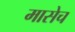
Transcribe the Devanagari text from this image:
मासेच